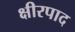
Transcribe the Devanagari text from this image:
क्षीरपाद